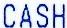
CASH